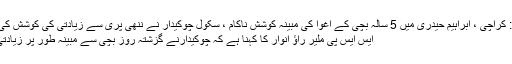
متعلقہ خبر: کراچی ، ابراہیم حیدری میں 5 سالہ بچی کے اغوا کی مبینہ کوشش ناکام ، سکول چوکیدار نے ننھی پری سے زیادتی کی کوشش کی: راﺅ انوار
ایس ایس پی ملیر راﺅ انوار کا کہنا ہے کہ چوکیدارنے گزشتہ روز بچی سے مبینہ طور پر زیادتی کی تھی ۔